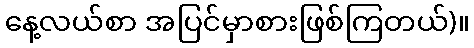
နေ့လယ်စာ အပြင်မှာစားဖြစ်ကြတယ်)။